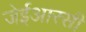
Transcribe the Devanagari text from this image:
जेईआरसी